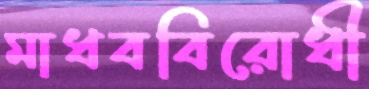
মাধববিরোধী